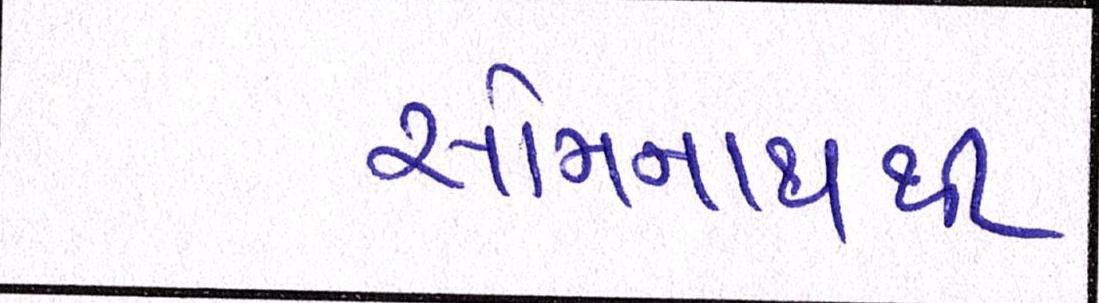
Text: સોમનાથથી